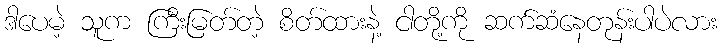
ဒါပေမဲ့ သူက ကြီးမြတ်တဲ့ စိတ်ထားနဲ့ ငါတို့ကို ဆက်ဆံနေတုန်းပါပဲလား